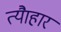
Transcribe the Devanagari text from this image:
त्यैाहार